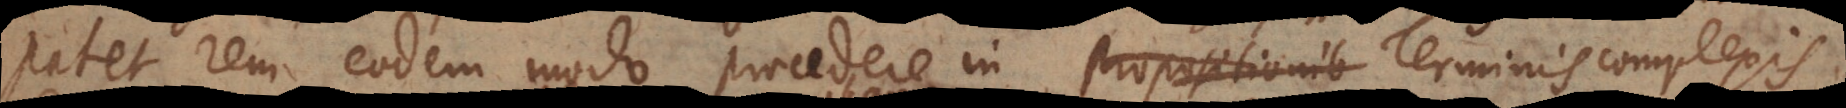
patet rem eodem modo procedere in Propositionib Terminis complexis